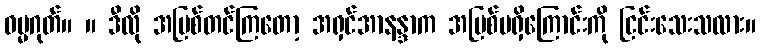
ဓမ္မဂုတ်။ ။ ဒီလို အပြစ်တင်ကြတော့ အရှင်အာနန္ဒာက အပြစ်မရှိကြောင်းကို ငြင်းသေးသလား။